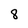
Character: 8